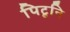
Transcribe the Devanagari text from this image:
पिटूनि